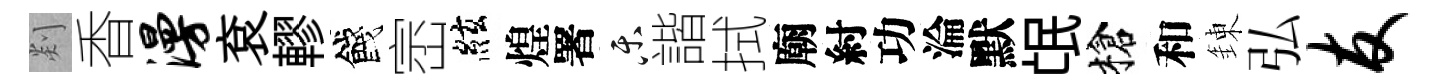
剡香漫袞轇餞崈絃煌署乐諧拭廟紂功淪默氓槍和錬弘友